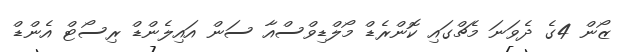
ޒޯން 4ގެ ދެވަނަ މެޗްގައި ކޮންރެޑް މޯލްޑިވްސްއާ ސަން އައިލެންޑް ރިސޯޓް އެންޑް